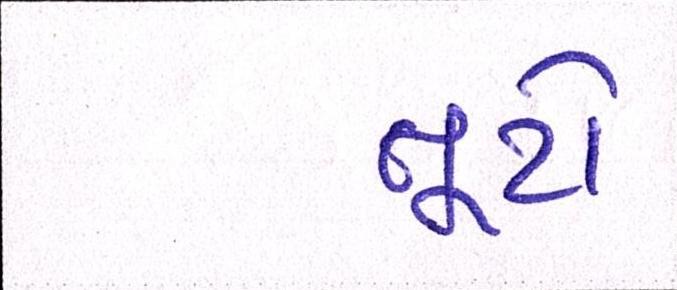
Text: તૂટો